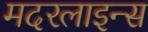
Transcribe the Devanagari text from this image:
मदरलाइन्स